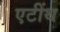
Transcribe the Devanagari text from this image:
एटींथ